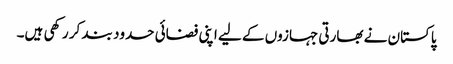
پاکستان نے بھارتی جہازوں کے لیے اپنی فضائی حدود بند کر رکھی ہیں۔